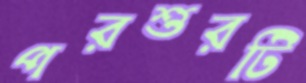
পরশুরটি